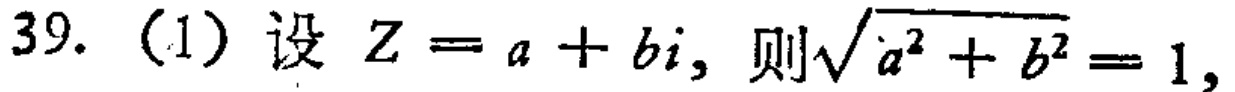
39. (1) 设 \(Z = a + bi\)，则\(\sqrt{a^{2}+b^{2}} = 1\)，